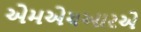
એમએચઆરએ